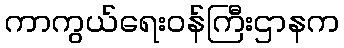
ကာကွယ်ရေးဝန်ကြီးဌာနက